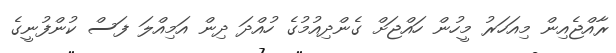
ރާއްޖެއިން މިއަހަރު މީހުން ހައްޖަށް ގެންދިއުމުގެ ހުއްދަ ދިން އަމިއްލަ ފަސް ކުންފުނީގެ